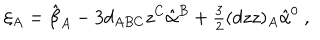
\xi _ { A } = \hat { \beta } _ { A } - 3 d _ { A B C } z ^ { C } \hat { \alpha } ^ { B } + { \textstyle \frac { 3 } { 2 } } ( d z z ) _ { A } \hat { \alpha } ^ { 0 } \ ,